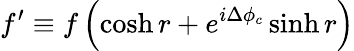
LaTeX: f^{\prime}\equiv f\left(\cosh r+e^{i\Delta\phi_{c}}\sinh r\right)